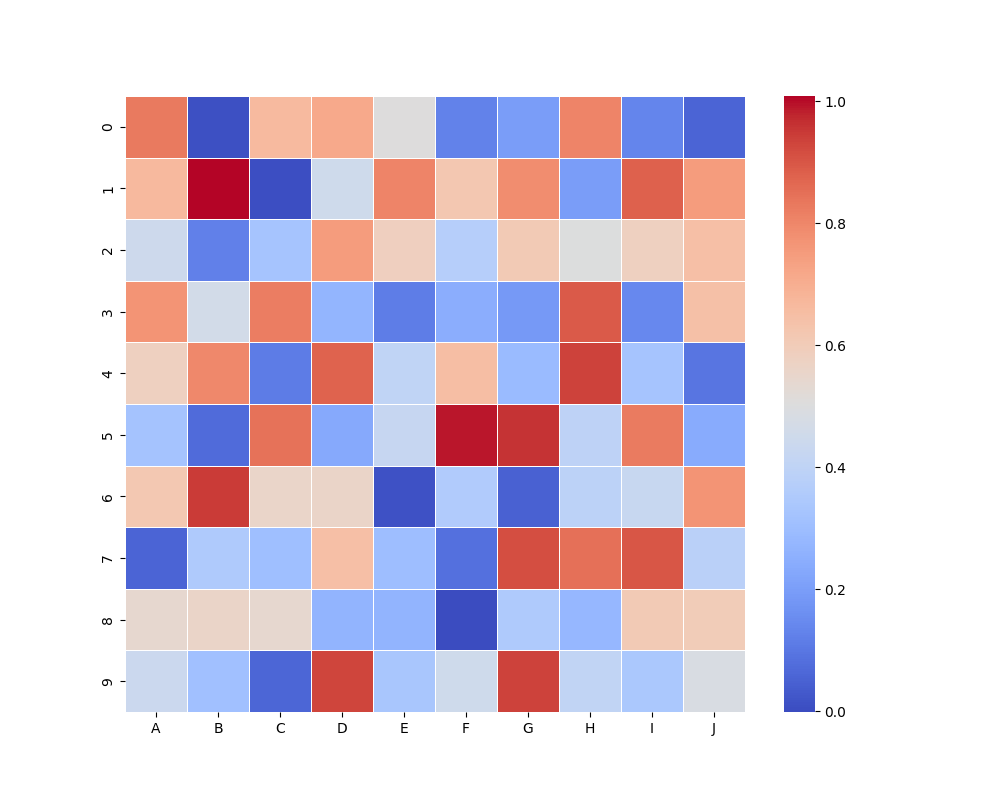
python, seaborn, heatmap, cmap='coolwarm', linewidths=0.5, center=none